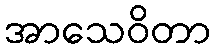
အာသေဝိတာ